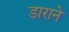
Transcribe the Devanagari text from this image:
डाराने